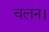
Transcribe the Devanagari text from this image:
चलन।